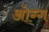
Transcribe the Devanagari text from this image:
ओग्ग